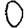
Digit: 0